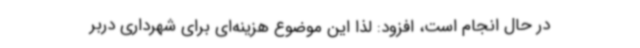
در حال انجام است، افزود: لذا این موضوع هزینه‌ای برای شهرداری دربر